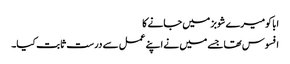
ابا کومیرے شوبز میں جانے کا
افسوس تھا جسے میں نے اپنے عمل سے درست ثابت کیا۔